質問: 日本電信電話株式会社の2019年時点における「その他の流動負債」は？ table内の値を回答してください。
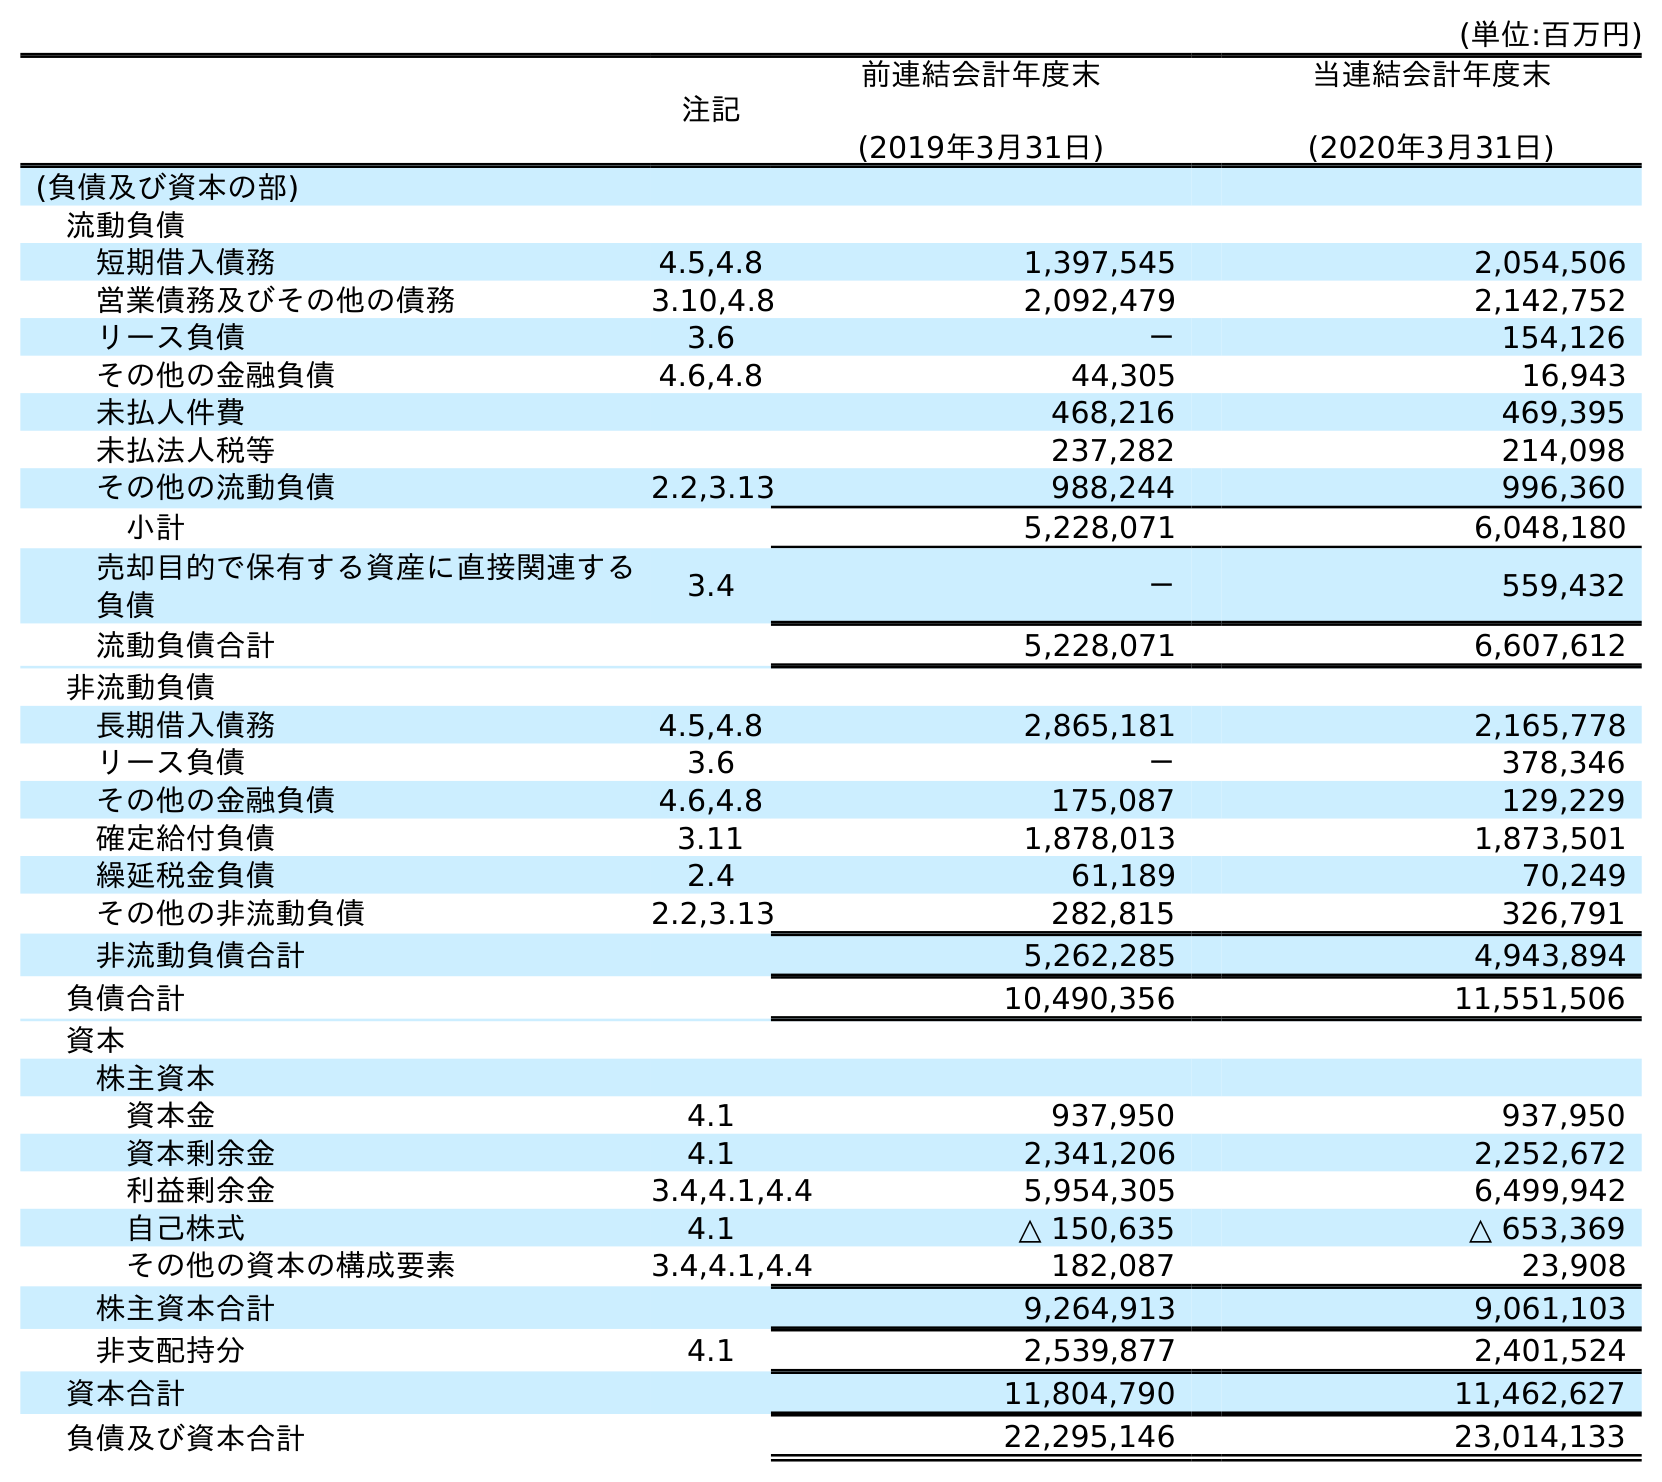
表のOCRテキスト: (単位:百万円) 注記 前連結会計年度末 (2019年3月31日) 当連結会計年度末 (2020年3月31日) (負債及び資本の部) 流動負債 短期借入債務 4.5,4.8 1,397,545 2,054,506 営業債務及びその他の債務 3.10,4.8 2,092,479 2,142,752 リース負債 3.6 － 154,126 その他の金融負債 4.6,4.8 44,305 16,943 未払人件費 468,216 469,395 未払法人税等 237,282 214,098 その他の流動負債 2.2,3.13 988,244 996,360 小計 5,228,071 6,048,180 売却目的で保有する資産に直接関連する 負債 3.4 － 559,432 流動負債合計 5,228,071 6,607,612 非流動負債 長期借入債務 4.5,4.8 2,865,181 2,165,778 リース負債 3.6 － 378,346 その他の金融負債 4.6,4.8 175,087 129,229 確定給付負債 3.11 1,878,013 1,873,501 繰延税金負債 2.4 61,189 70,249 その他の非流動負債 2.2,3.13 282,815 326,791 非流動負債合計 5,262,285 4,943,894 負債合計 10,490,356 11,551,506 資本 株主資本 資本金 4.1 937,950 937,950 資本剰余金 4.1 2,341,206 2,252,672 利益剰余金 3.4,4.1,4.4 5,954,305 6,499,942 自己株式 4.1 △ 150,635 △ 653,369 その他の資本の構成要素 3.4,4.1,4.4 182,087 23,908 株主資本合計 9,264,913 9,061,103 非支配持分 4.1 2,539,877 2,401,524 資本合計 11,804,790 11,462,627 負債及び資本合計 22,295,146 23,014,133
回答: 988,244